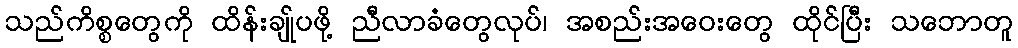
သည်ကိစ္စတွေကို ထိန်းချု်ပဖို့ ညီလာခံတွေလုပ်၊ အစည်းအဝေးတွေ ထိုင်ပြီး သဘောတူ